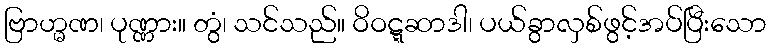
ဗြာဟ္မဏ၊ ပုဏ္ဏား။ တွံ၊ သင်သည်။ ဝိဝဋ္ဋဆာဒါ၊ ပယ်ခွာလှစ်ဖွင့်အပ်ပြီးသော